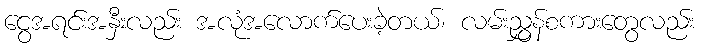
ငွေအရင်းအနှီးလည်း အလုံအလောက်ပေးခဲ့တယ်၊ လမ်းညွှန်စကားတွေလည်း